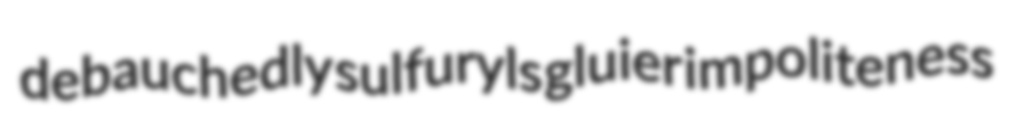
debauchedly sulfuryls gluier impoliteness